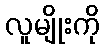
လူမျိုးကို